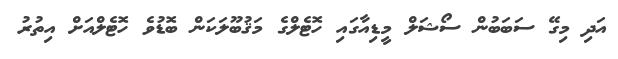
އަދި މިގޭ ސަބަބުން ސޯޝަލް މީޑިއާގައި ހޮޓެލްގެ މަޤުބޫލަކަން ބޮޑުވެ ހޮޓެލްއަށް އިތުރު